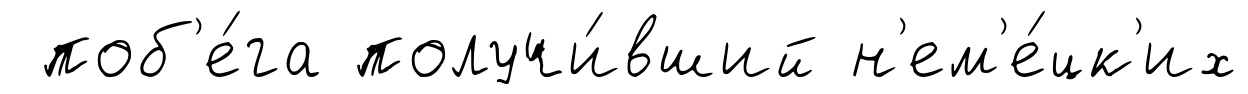
поб'е́га получи́вший н'ем'е́цк'их